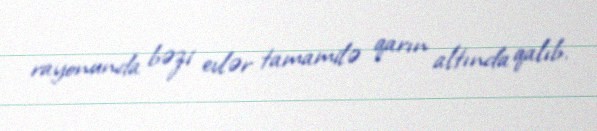
rayonunda bəzi evlər tamamilə qarın altında qalıb.